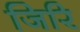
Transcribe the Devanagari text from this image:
जिरि